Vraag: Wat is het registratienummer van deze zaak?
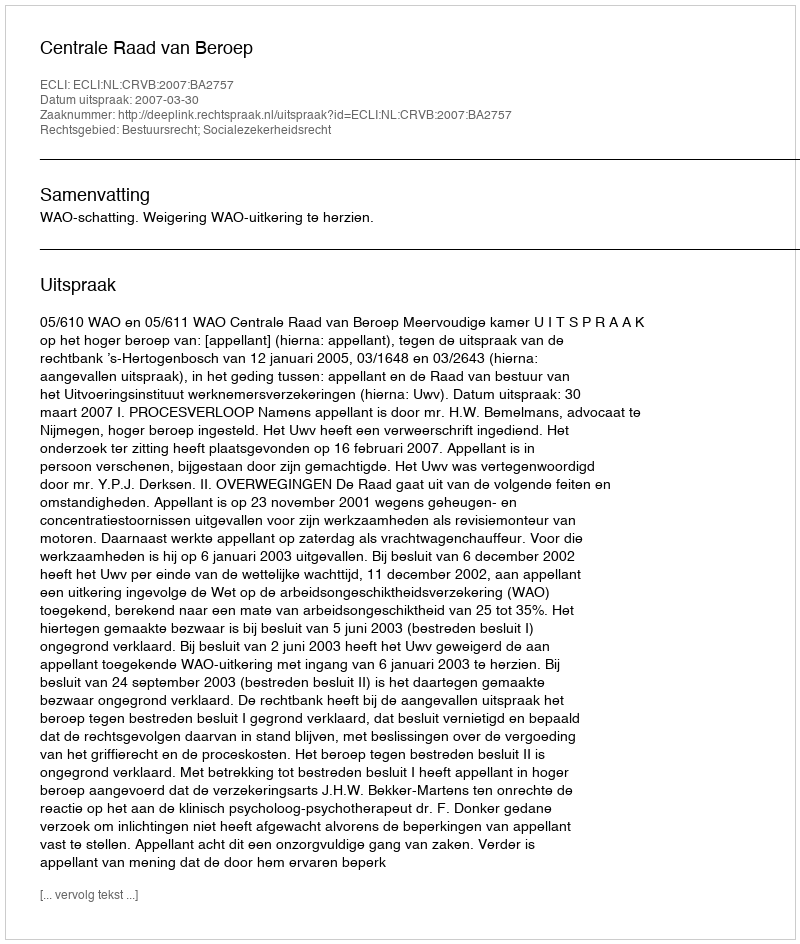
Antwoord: http://deeplink.rechtspraak.nl/uitspraak?id=ECLI:NL:CRVB:2007:BA2757